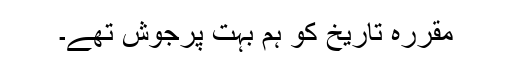
مقررہ تاریخ کو ہم بہت پرجوش تھے۔